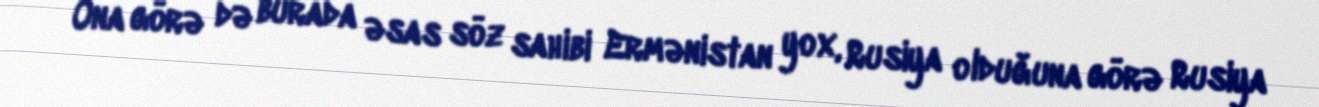
Ona görə də burada əsas söz sahibi Ermənistan yox, Rusiya olduğuna görə Rusiya